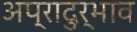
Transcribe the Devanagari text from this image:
अप्रादुर्भाव